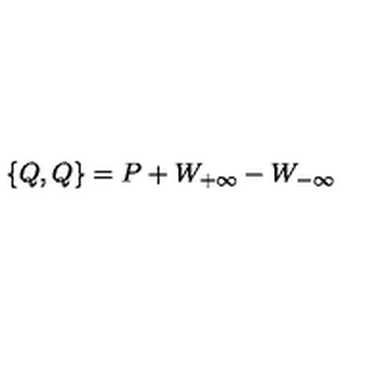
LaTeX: \{ Q , Q \} = P + W _ { + \infty } - W _ { - \infty }